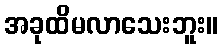
အခုထိမလာသေးဘူး။